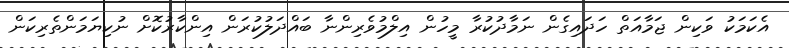
އެކަމަކު ވަކިން ޖަމާއަތް ހަދައިގެން ނަމާދުކުރާ މީހުން އިލްމުވެރިންނާ ބައްދަލުކުރަން އިންކާރުކޮށް ނުކިޔަމަންތެރިކަން